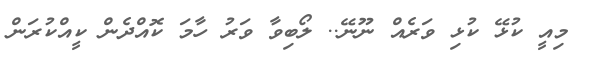
މިއީ ކުޅޭ ކުޅި ވަރެއް ނޫނޭ.. ލޯބިވާ ވަރު ހާމަ ކޮއްދެން ކީއްކުރަން